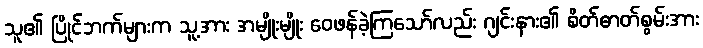
သူ၏ ပြိုင်ဘက်များက သူ့အား အမျိုးမျိုး ဝေဖန်ခဲ့ကြသော်လည်း ဂျင်းနား၏ စိတ်ဓာတ်စွမ်းအား